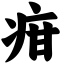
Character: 疳